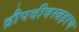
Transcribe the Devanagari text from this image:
द्रौपदीवस्त्रहरण